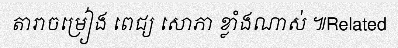
តារាចម្រៀង ពេជ្យ សោភា ខ្លាំងណាស់ ៕Related